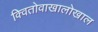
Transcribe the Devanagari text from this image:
क्वितोवाखालोखाल